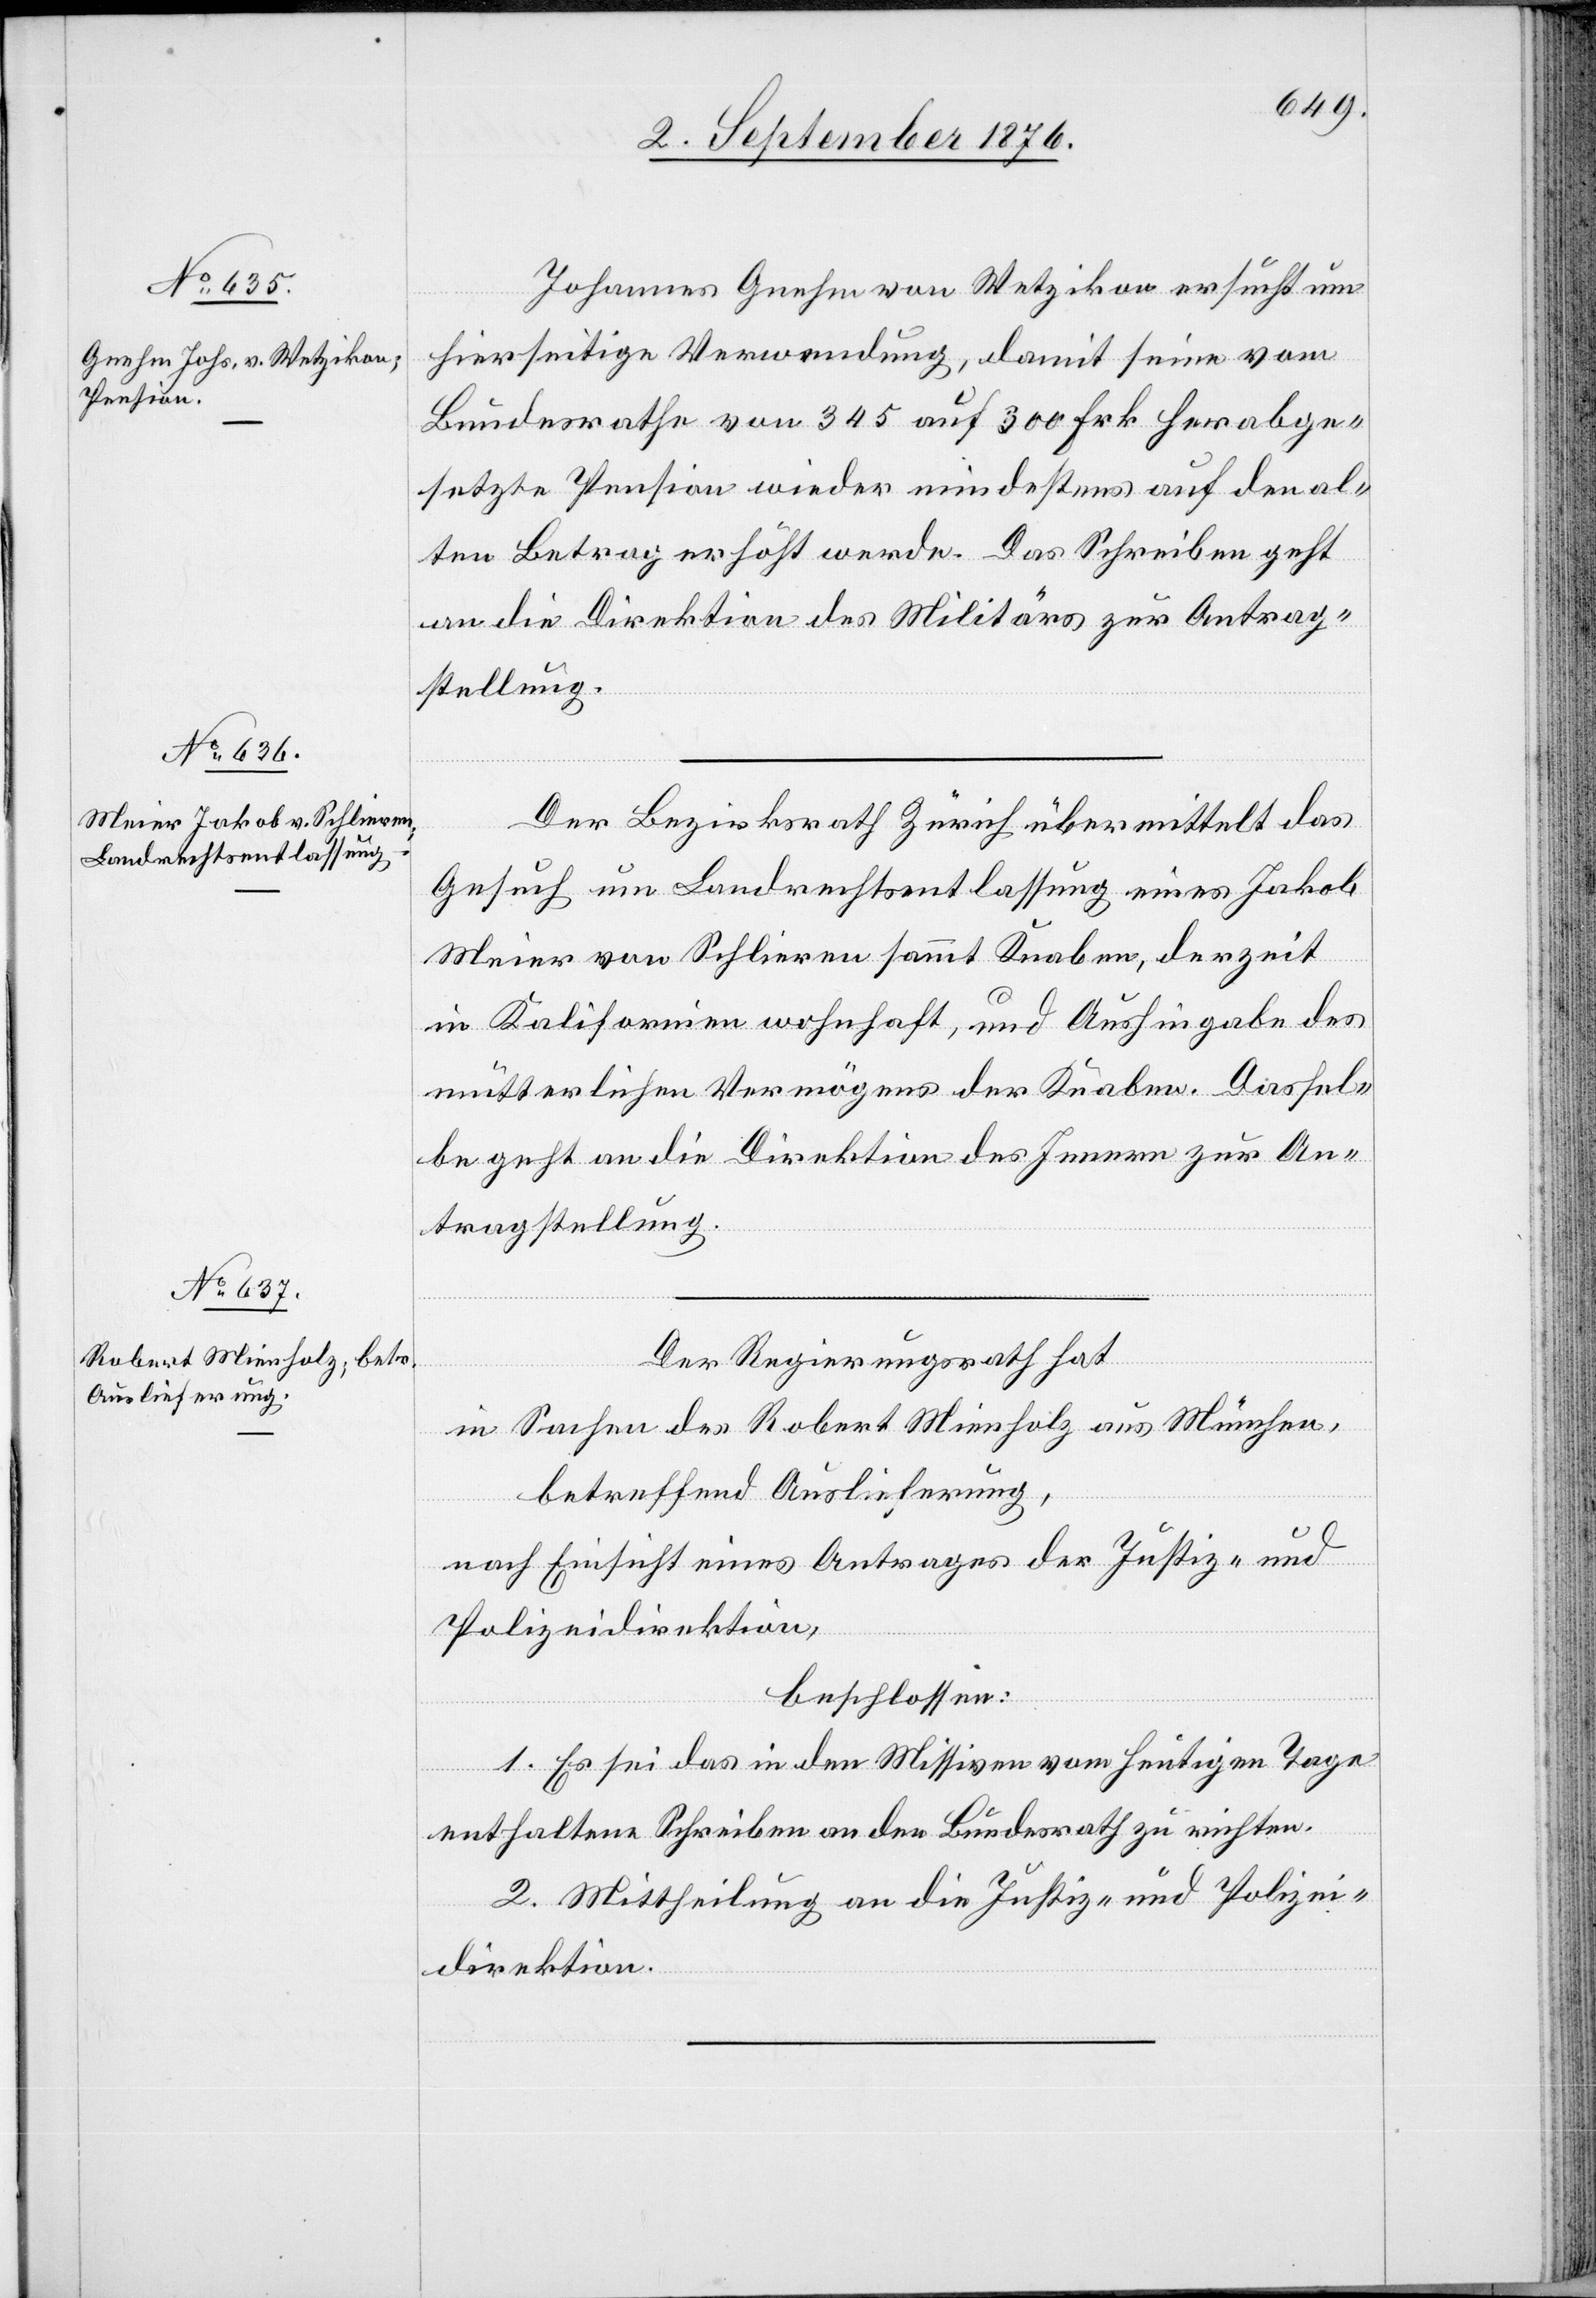
5. September 1876.]
Johannes Gnehm von Wetzikon ersucht um
hierseitige Verwendung, damit seine vom
Bundesrathe von 345 auf 300 Frk. herabge¬
setzte Pension wieder mindestens auf den al¬
ten Betrag erhöht werde. Das Schreiben geht
an die Direktion des Militärs zur Antrag¬
stellung.
Der Bezirksrath Zürich übermittelt das
Gesuch um Landrechtsentlassung eines Jakob
Meier von Schlieren sammt Knaben, derzeit
in Kalifornien wohnhaft, und Aushingabe des
mütterlichen Vermögens der Knaben. Dassel¬
be geht an die Direktion des Innern zur An¬
tragstellung.
Der Regierungsrath hat,
in Sachen des Robert Minnholz aus München,
betreffend Auslieferung,
nach Einsicht eines Antrages der Justiz- und
Polizeidirektion,
beschlossen:
1. Es sei die in den Missiven vom heutigen Tage
enthaltene Zuschrift an den Bundesrath zu richten.
2. Mittheilung an die Justiz- und Polizei¬
direktion.